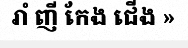
រាំ ញី កែង ជើង »